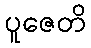
ပူဇေတိ